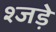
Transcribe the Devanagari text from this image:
श्जड़े